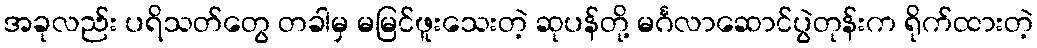
အခုလည်း ပရိသတ်တွေ တခါမှ မမြင်ဖူးသေးတဲ့ ဆုပန်တို့ မင်္ဂလာဆောင်ပွဲတုန်းက ရိုက်ထားတဲ့